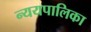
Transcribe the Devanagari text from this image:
न्ययपालिका